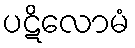
ပဋိလောမံ